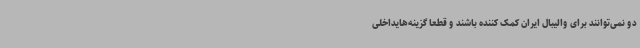
دو نمی‌توانند برای والیبال ایران کمک کننده باشند و قطعا گزینه‌هایداخلی